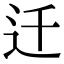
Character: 迁